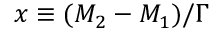
x \equiv ( M _ { 2 } ^ { } - M _ { 1 } ^ { } ) / \Gamma